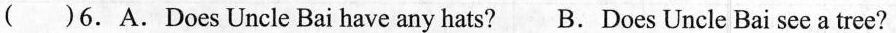
( )6.A.DoesUncle Bai have any hats? B.Does Uncle Bai see a tree?